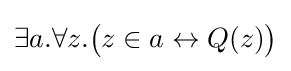
\exists a.\forall z.{\big (}z\in a\leftrightarrow Q(z){\big )}